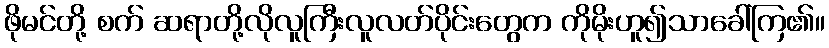
ဖိုမင်တို့ စက် ဆရာတို့လိုလူကြီးလူလတ်ပိုင်းတွေက ကိုမိုးဟူ၍သာခေါ်ကြ၏။